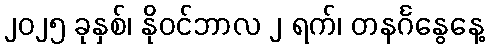
၂၀၂၅ ခုနှစ်၊ နိုဝင်ဘာလ ၂ ရက်၊ တနင်္ဂနွေနေ့